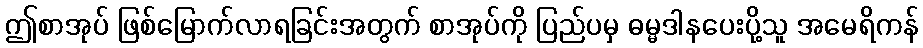
ဤစာအုပ် ဖြစ်မြောက်လာရခြင်းအတွက် စာအုပ်ကို ပြည်ပမှ ဓမ္မဒါနပေးပို့သူ အမေရိကန်